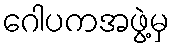
ဂေါပကအဖွဲ့မှ